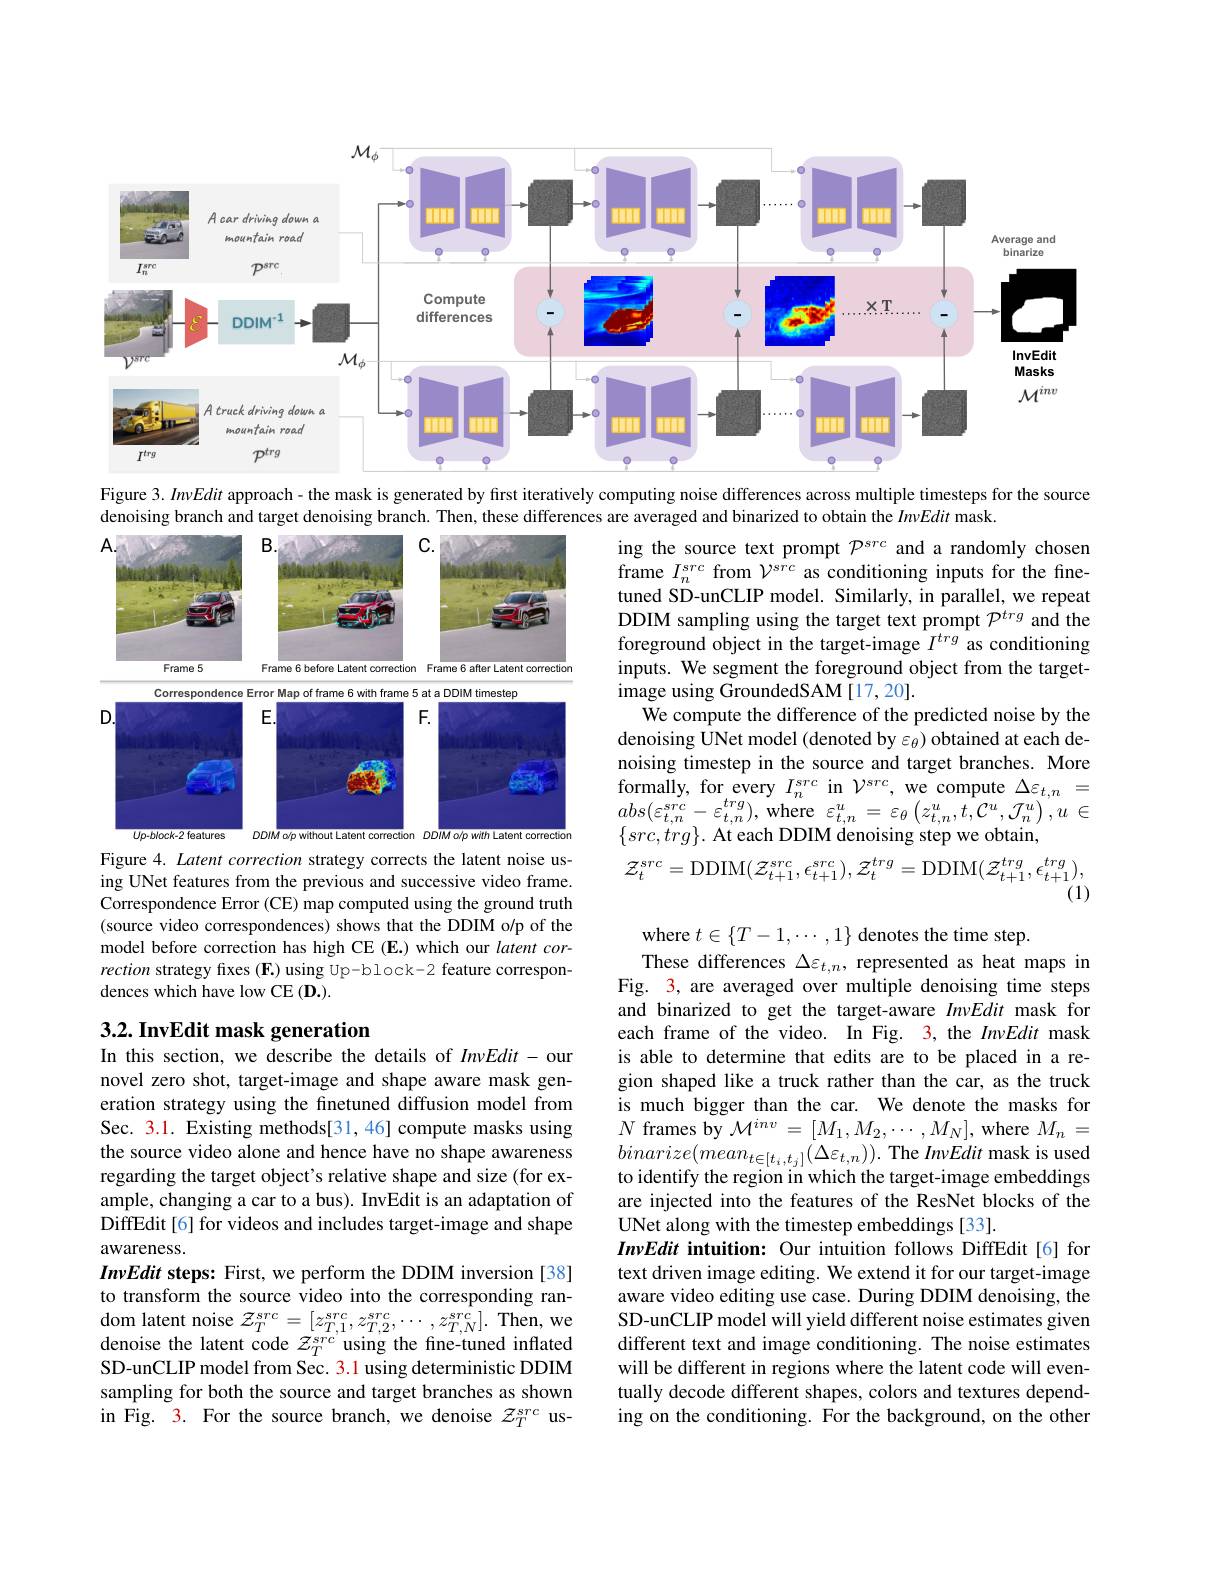
<FigureHere>

Figure 3. InvEdit approach- the mask is generated by first iteratively computing noise differences across multiple timesteps for the source

denoising branch and target denoising branch. Then, these differences are averaged and binarized to obtain the $In\nu Edit$ mask

<FigureHere>
Figure 4. Latent correction strategy corrects the latent noise us-

ing the source text prompt $\mathcal{P}^{src}$ and a randomly chosen frame $I_n^{src}$ from $\mathcal{V}^{src}$ as conditioning inputs for the finetuned SD-unCLIP model. Similarly, in parallel, we repeat DDIM sampling using the target text prompt $\mathcal{P}^trg$ and the foreground object in the target-image $I^{trg}$ as conditioning inputs. We segment the foreground object from the targetimage using GroundedSAM [17,20].
We compute the difference of the predicted noise by the denoising UNet model (denoted by $\varepsilon_\theta)$ obtained at each denoising timestep in the source and target branches. More formally, for every $I_n^{src}$ in $\mathcal{V}^{src}$, we compute $\Delta\varepsilon_{t,n}=$ $abs(\varepsilon_{t,n}^{src}-\varepsilon_{t,n}^{trg})$,where$\varepsilon_t,n^u=\varepsilon_{\theta}\left(z_{t,n}^{u},t,\mathcal{C}^{u},\mathcal{J}_{n}^{u}\right),u\in$ $\{src,trg\}.$ At each DDIM denoising step we obtain,
$$\mathcal{Z}_{t}^{src}=\mathrm{DDIM}(\mathcal{Z}_{t+1}^{src},\epsilon_{t+1}^{src}),\mathcal{Z}_{t}^{trg}=\mathrm{DDIM}(\mathcal{Z}_{t+1}^{trg},\epsilon_{t+1}^{trg}),$$
ing UNet features from the previous and successive video frame. Correspondence Error (CE) map computed using the ground truth (source video correspondences) shows that the DDIM o/p of the model before correction has high CE (E.) which our latent correction strategy fixes (F.) using Up-block-2 feature correspondences which have low CE (D.).

# 3.2. InvEdit mask generation

where $t\in\{T-1,\cdots,1\}$ denotes the time step.
These differences $\Delta\varepsilon_{t,n}$, represented as heat maps in Fig. 3, are averaged over multiple denoising time steps and binarized to get the target-aware InvEdit mask for each frame of the video. In Fig. 3, the InvEdit mask is able to determine that edits are to be placed in a region shaped like a truck rather than the car, as the truck is much bigger than the car. We denote the masks for $N$ frames by $\mathcal{M}^inv=[M_1,M_2,\cdots,M_N]$, where $M_n=$ $\begin{array}{l}{binarize(mean_{t\in[t_{i},t_{j}]}(\Delta\varepsilon_{t,n})).\text{ The InvEdit mask is used}}\\{\text{to identify the region in which the target-image embeddings}}\end{array}$ are injected into the features of the ResNet blocks of the UNet along with the timestep embeddings [33].
InvEdit intuition: Our intuition follows DiffEdit[6] for text driven image editing. We extend it for our target-image aware video editing use case. During DDIM denoising, the SD-unCLIP model will yield different noise estimates given different text and image conditioning. The noise estimates will be different in regions where the latent code will eventually decode different shapes, colors and textures depending on the conditioning. For the background, on the other

In this section, we describe the details of $InvEdit-$our novel zero shot, target-image and shape aware mask generation strategy using the finetuned diffusion model from Sec. 3.1. Existing methods[31,46] compute masks using the source video alone and hence have no shape awareness regarding the target object's relative shape and size (for example, changing a car to a bus). InvEdit is an adaptation of DiffEdit[6] for videos and includes target-image and shape awareness.
InvEdit steps: First, we perform the DDIM inversion [38] to transform the source video into the corresponding ran- $\mathop{\text{dom latent noise }}\mathcal{Z}_T^{src}=[z_{T,1}^{src},z_{T,2}^{src},\cdots,z_{T,N}^{src}].$Then,we denoise the latent code $Z_T^{src}$ using the fine-tuned inflated SD-unCLIP model from Sec. 3.1 using deterministic DDIM sampling for both the source and target branches as shown in Fig. 3. For the source branch, we denoise $\mathcal{Z}_T^{src}$ us-